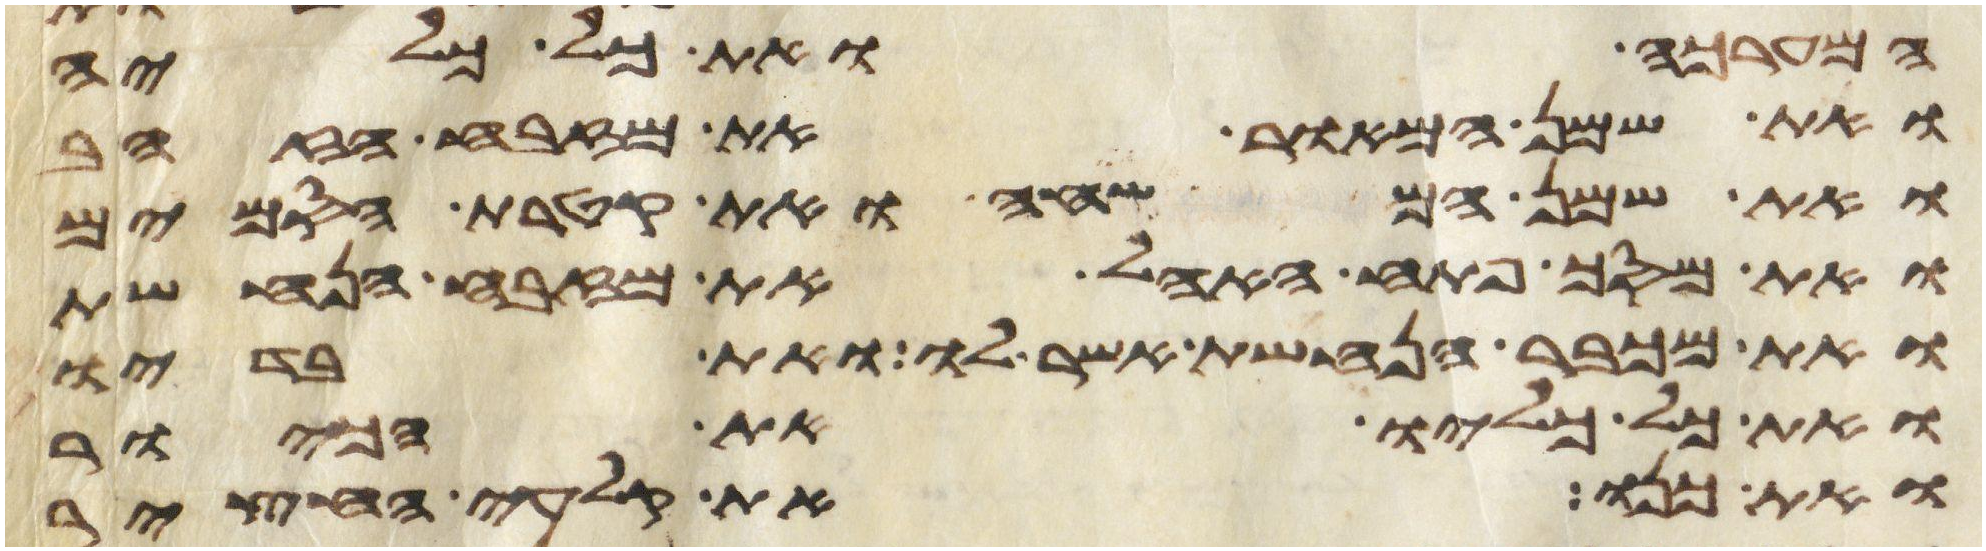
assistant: המערכה ואת כל כליה
ואת שמן המאור את מזבח הזהב
ואת שמן המשחה ואת קטרת הסמים
ואת מסך פתח האהל ואת מזבח הנחשת
ואת מכבר הנחשת אשר לו ואת בדיו
ואת כל כליו את הכיור
ואת כנו את קלעי החצר